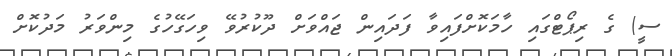
ސީ) ގެ ރިޕޯޓްގައި ހާމަކޮށްފައިވާ ފަދައިން ޖައްވަށް ދޫކުރުވޭ ވިހަގޭހުގެ މިންވަރު މަދުކޮށް